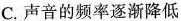
C. 声音的频率逐渐降低